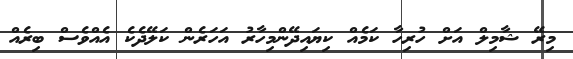
މިރޭ ޝާމިލް އަށް ހުރިހާ ކަމެއް ކިޔައިދޭންމިހާރު އަހަރެން ކަލޭދެކެ އެއްވެސް ބިރެއް